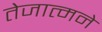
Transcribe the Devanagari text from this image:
तेजात्मने